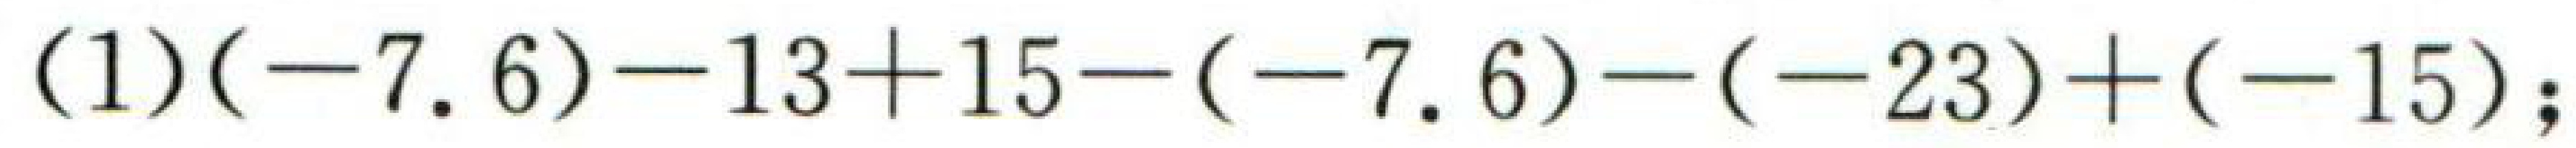
$(-7.6)-13 + 15-(-7.6)-(-23)+(-15);$